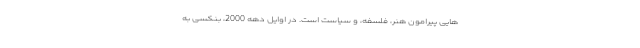
هایی پیرامون هنر، فلسفه، و سیاست است. در اوایل دهه 2000، بنکسی به